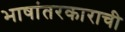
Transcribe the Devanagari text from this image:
भाषांतरकाराची